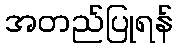
အတည်ပြုရန်